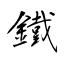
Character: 鐵